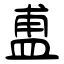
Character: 盙